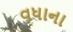
વધાના